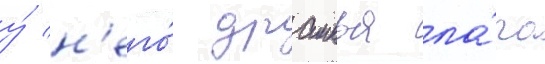
у́ н'его́ драконья ла́па